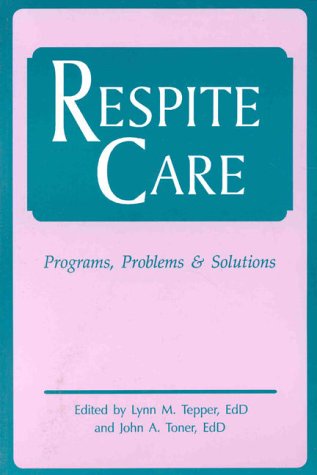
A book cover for Respite Care: Problems, Programs & Solutions; Lynn M. Tepper; Medical Books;